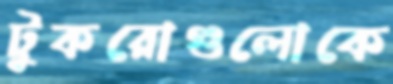
টুকরোগুলোকে